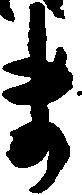
ま